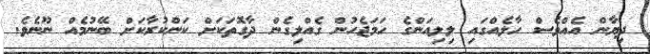
ދިޔާން އެއްވެސް ހާލެއްގައި ލިލިއަންގެ ހަމަޖެހުން ގެއްލިގެން ދާގޮތަކަށް ކަންކުރާކަށް ބޭނުމެއް ނޫނެވެ.